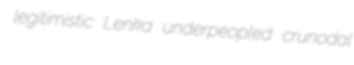
legitimistic Lenka underpeopled crunodal